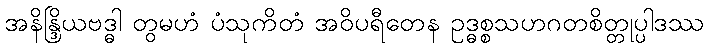
အနိန္ဒြိယဗဒ္ဓါ တွမဟံ ပံသုကိတံ အဝိပရီတေန ဥဒ္ဓစ္စသဟဂတစိတ္တုပ္ပါဒဿ